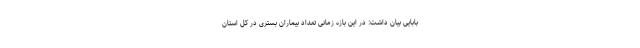
بابایی بیان داشت: در این بازه زمانی تعداد بیماران بستری در کل استان